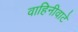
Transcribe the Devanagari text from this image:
वाहिनीवाटे